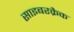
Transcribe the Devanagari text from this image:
साइबरक्रैक